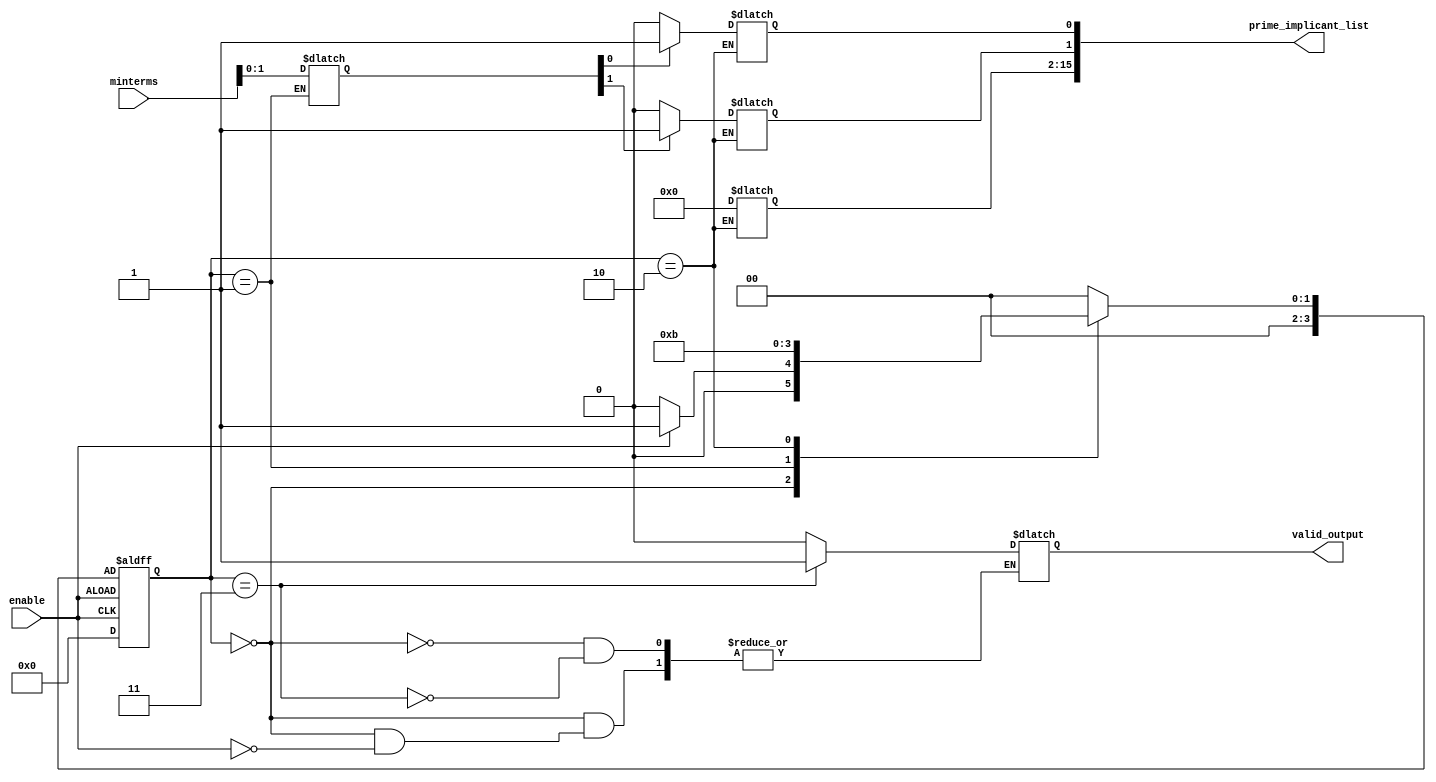
module PrimeImplicantGenerator (
    input wire [7:0] minterms, // Assuming an 8-bit input for minterms (0-255)
    input wire enable,
    output reg [15:0] prime_implicant_list, // Example output for prime implicants
    output reg valid_output
);

    // Internal variables
    reg [7:0] current_minterms; // Storage for current minterms
    reg [3:0] state; // State variable for processing
    reg [3:0] next_state; // Next state variable

    // State encoding
    localparam IDLE = 4'b0000,
               PROCESS = 4'b0001,
               GENERATE = 4'b0010,
               OUTPUT = 4'b0011;

    // Sequential logic to handle state transitions
    always @(posedge enable or negedge enable) begin
        if (!enable)
            state <= IDLE;
        else
            state <= next_state;
    end

    // Combinational logic for state transitions and output generation
    always @(*) begin
        case (state)
            IDLE: begin
                if (enable) begin
                    next_state = PROCESS;
                    valid_output = 0;
                end else begin
                    next_state = IDLE;
                end
            end
            
            PROCESS: begin
                current_minterms = minterms; // Load input minterms
                next_state = GENERATE;
            end
            
            GENERATE: begin
                // Simplified logic for generating prime implicants
                // This is where the algorithm would be applied
                // For demonstration, we are just populating a few bits
                prime_implicant_list = 16'b0000_0000_0000_0000; // Clear output
                if (current_minterms[0]) prime_implicant_list[0] = 1; // Example: minterm 0
                if (current_minterms[1]) prime_implicant_list[1] = 1; // Example: minterm 1
                // Add more logic for real prime implicant generation here
                next_state = OUTPUT;
            end
            
            OUTPUT: begin
                valid_output = 1; // Assert valid output signal
                next_state = IDLE; // Go back to idle
            end
            
            default: begin
                next_state = IDLE; // Safety default
            end
        endcase
    end

endmodule